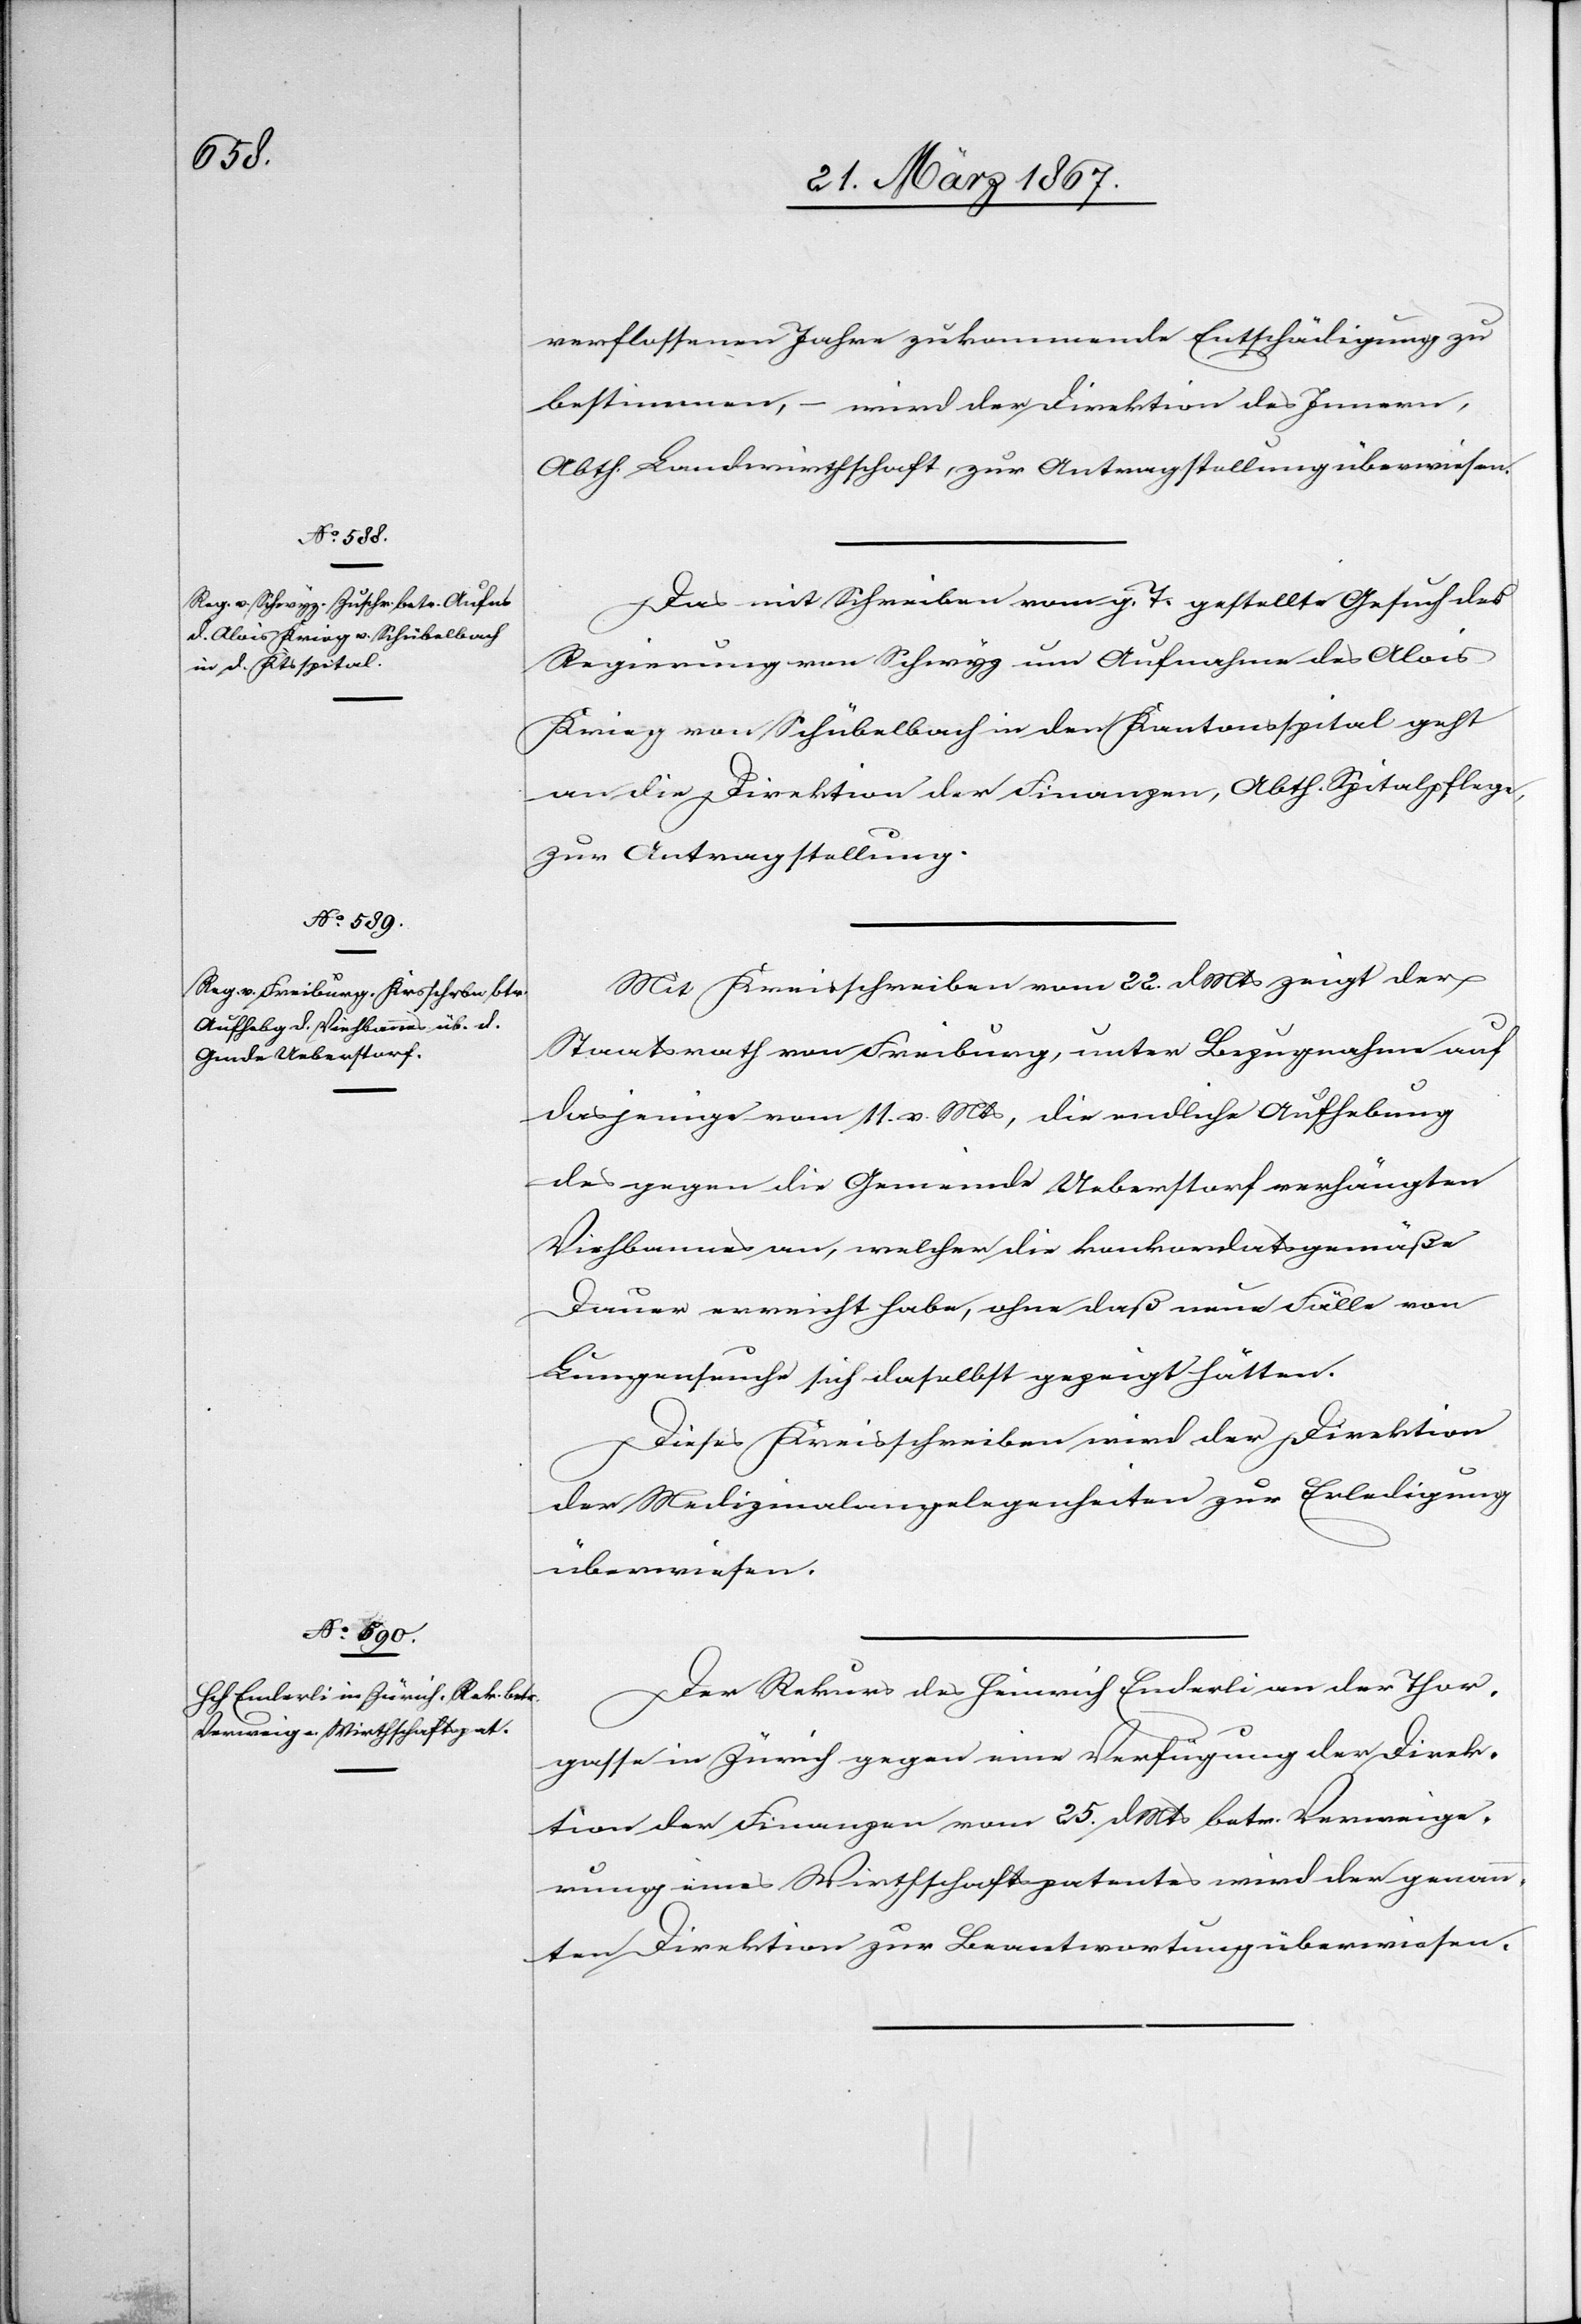
27. März 1867.]
verflossenen Jahre zukommende Entschädigung zu
bestimmen, – wird der Direktion des Innern,
Abth. Landwirthschaft, zur Antragstellung überwiesen.
Das mit Schreiben vom g. T. gestellte Gesuch der
Regierung von Schwyz um Aufnahme des Alois
Krieg von Schübelbach in den Kantonsspital geht
an die Direktion der Finanzen, Abth. Spitalpflege,
zur Antragstellung.
Mit Kreisschreiben vom 22. d. Mts zeigt der
Staatsrath von Freiburg, unter Bezugnahme auf
dasjenige vom 11. v. Mts, die endliche Aufhebung
des gegen die Gemeinde Ueberstorf verhängten
Viehbannes an, welcher die konkordatsgemäße
Dauer erreicht habe, ohne daß neue Fälle von
Lungenseuche sich daselbst gezeigt hätten.
Dieses Kreisschreiben wird der Direktion
der Medizinalangelegenheiten zur Erledigung
überwiesen.
Der Rekurs des Heinrich Enderli an der Thor¬
gasse in Zürich gegen eine Verfügung der Direk¬
tion der Finanzen vom 25. d. Mts betr. Verweige¬
rung eines Wirthschaftspatentes wird der genann¬
ten Direktion zur Beantwortung überwiesen.